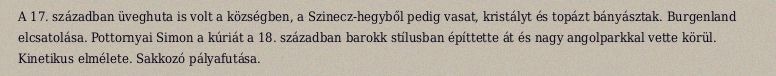
A 17. században üveghuta is volt a községben, a Szinecz-hegyből pedig vasat, kristályt és topázt bányásztak. Burgenland elcsatolása. Pottornyai Simon a kúriát a 18. században barokk stílusban építtette át és nagy angolparkkal vette körül. Kinetikus elmélete. Sakkozó pályafutása.